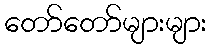
တော်တော်များများ